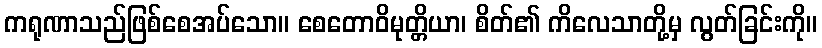
ကရုဏာသည်ဖြစ်စေအပ်သော။ စေတောဝိမုတ္တိယာ၊ စိတ်၏ ကိလေသာတို့မှ လွတ်ခြင်းကို။